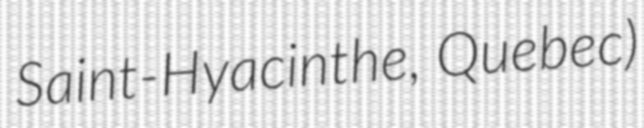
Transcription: Saint-Hyacinthe, Quebec)